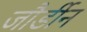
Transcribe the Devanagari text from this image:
जौर्डीन